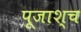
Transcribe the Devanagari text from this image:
पूजाश्‍च